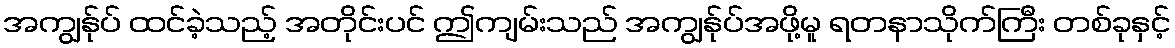
အကျွန်ုပ် ထင်ခဲ့သည့် အတိုင်းပင် ဤကျမ်းသည် အကျွန်ုပ်အဖို့မူ ရတနာသိုက်ကြီး တစ်ခုနှင့်